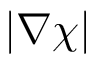
| \boldsymbol { \nabla } \chi |